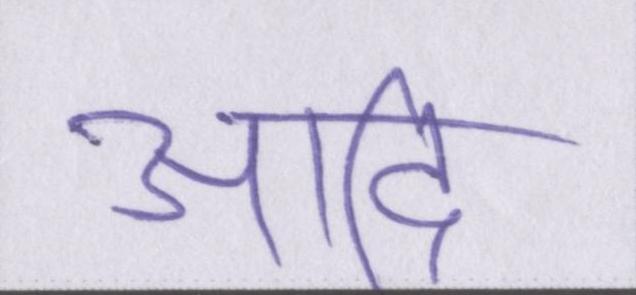
आदि